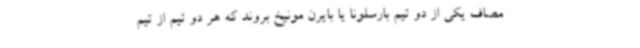
مصاف یکی از دو تیم بارسلونا یا بایرن مونیخ بروند که هر دو تیم از تیم